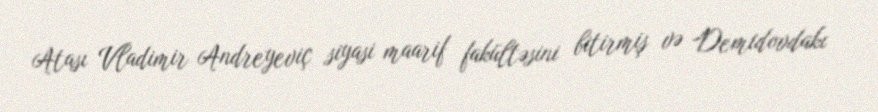
Atası Vladimir Andreyeviç siyasi maarif fakültəsini bitirmiş və Demidovdakı